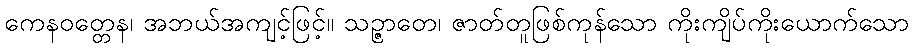
ကေနဝတ္တေန၊ အဘယ်အကျင့်ဖြင့်။ သဉ္ဇာတေ၊ ဇာတ်တူဖြစ်ကုန်သော ကိုးကျိပ်ကိုးယောက်သော